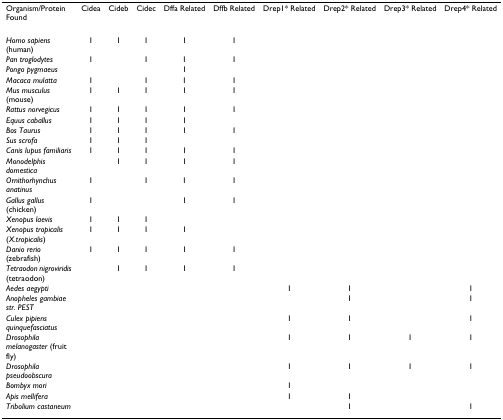
<table><thead><tr><td><b>Organism/Protein Found</b></td><td><b>Cidea</b></td><td><b>Cideb</b></td><td><b>Cidec</b></td><td><b>Dffa Related</b></td><td><b>Dffb Related</b></td><td><b>Drep1* Related</b></td><td><b>Drep2* Related</b></td><td><b>Drep3* Related</b></td><td><b>Drep4* Related</b></td></tr></thead><tbody><tr><td><i>Homo sapiens </i>(human)</td><td>1</td><td>1</td><td>1</td><td>1</td><td>1</td><td></td><td></td><td></td><td></td></tr><tr><td><i>Pan troglodytes</i></td><td>1</td><td></td><td>1</td><td>1</td><td>1</td><td></td><td></td><td></td><td></td></tr><tr><td><i>Pongo pygmaeus</i></td><td></td><td></td><td></td><td>1</td><td></td><td></td><td></td><td></td><td></td></tr><tr><td><i>Macaca mulatta</i></td><td>1</td><td></td><td>1</td><td>1</td><td>1</td><td></td><td></td><td></td><td></td></tr><tr><td><i>Mus musculus </i>(mouse)</td><td>1</td><td>1</td><td>1</td><td>1</td><td>1</td><td></td><td></td><td></td><td></td></tr><tr><td><i>Rattus norvegicus</i></td><td>1</td><td>1</td><td>1</td><td>1</td><td>1</td><td></td><td></td><td></td><td></td></tr><tr><td><i>Equus caballus</i></td><td>1</td><td>1</td><td>1</td><td>1</td><td></td><td></td><td></td><td></td><td></td></tr><tr><td><i>Bos Taurus</i></td><td>1</td><td>1</td><td>1</td><td>1</td><td>1</td><td></td><td></td><td></td><td></td></tr><tr><td><i>Sus scrofa</i></td><td>1</td><td>1</td><td>1</td><td></td><td></td><td></td><td></td><td></td><td></td></tr><tr><td><i>Canis lupus familiaris</i></td><td>1</td><td>1</td><td>1</td><td>1</td><td>1</td><td></td><td></td><td></td><td></td></tr><tr><td><i>Monodelphis domestica</i></td><td></td><td>1</td><td>1</td><td>1</td><td>1</td><td></td><td></td><td></td><td></td></tr><tr><td><i>Ornithorhynchus anatinus</i></td><td>1</td><td></td><td>1</td><td>1</td><td>1</td><td></td><td></td><td></td><td></td></tr><tr><td><i>Gallus gallus </i>(chicken)</td><td>1</td><td></td><td></td><td>1</td><td>1</td><td></td><td></td><td></td><td></td></tr><tr><td><i>Xenopus laevis</i></td><td>1</td><td>1</td><td>1</td><td></td><td></td><td></td><td></td><td></td><td></td></tr><tr><td><i>Xenopus tropicalis </i>(<i>X.tropicalis</i>)</td><td>1</td><td>1</td><td>1</td><td>1</td><td></td><td></td><td></td><td></td><td></td></tr><tr><td><i>Danio rerio </i>(zebrafish)</td><td>1</td><td>1</td><td>1</td><td>1</td><td>1</td><td></td><td></td><td></td><td></td></tr><tr><td><i>Tetraodon nigroviridis </i>(tetraodon)</td><td></td><td>1</td><td>1</td><td>1</td><td>1</td><td></td><td></td><td></td><td></td></tr><tr><td><i>Aedes aegypti</i></td><td></td><td></td><td></td><td></td><td></td><td>1</td><td>1</td><td></td><td>1</td></tr><tr><td><i>Anopheles gambiae str. PEST</i></td><td></td><td></td><td></td><td></td><td></td><td></td><td>1</td><td></td><td>1</td></tr><tr><td><i>Culex pipiens quinquefasciatus</i></td><td></td><td></td><td></td><td></td><td></td><td>1</td><td>1</td><td></td><td>1</td></tr><tr><td><i>Drosophila melanogaster </i>(fruit fly)</td><td></td><td></td><td></td><td></td><td></td><td>1</td><td>1</td><td>1</td><td>1</td></tr><tr><td><i>Drosophila pseudoobscura</i></td><td></td><td></td><td></td><td></td><td></td><td>1</td><td>1</td><td>1</td><td>1</td></tr><tr><td><i>Bombyx mori</i></td><td></td><td></td><td></td><td></td><td></td><td>1</td><td></td><td></td><td></td></tr><tr><td><i>Apis mellifera</i></td><td></td><td></td><td></td><td></td><td></td><td>1</td><td>1</td><td></td><td></td></tr><tr><td><i>Tribolium castaneum</i></td><td></td><td></td><td></td><td></td><td></td><td></td><td>1</td><td></td><td>1</td></tr></tbody></table>